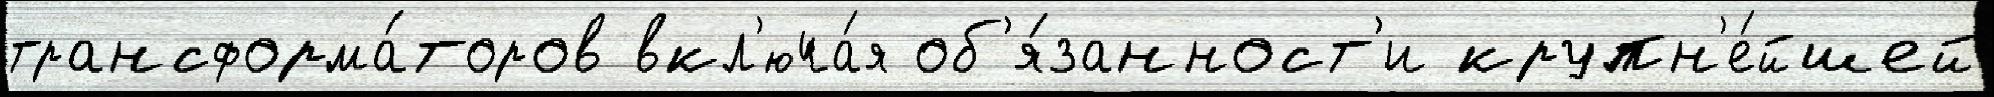
трансформа́торов вкл'юча́я об'я́занност'и крупн'е́йшей